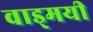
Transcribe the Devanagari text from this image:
वाड्मयी